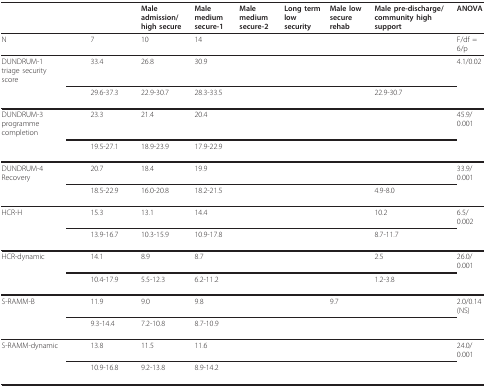
<table><thead><tr><td>[EMPTY_CELL]</td><td>[EMPTY_CELL]</td><td>[EMPTY_CELL]</td><td><b>Male admission/high secure</b></td><td><b>Male medium secure-1</b></td><td><b>Male medium secure-2</b></td><td><b>Long term low security</b></td><td><b>Male low secure rehab</b></td><td><b>Male pre-discharge/community high support</b></td><td><b>ANOVA</b></td></tr></thead><tbody><tr><td>N</td><td>[EMPTY_CELL]</td><td>7</td><td>10</td><td>14</td><td>[EMPTY_CELL]</td><td>[EMPTY_CELL]</td><td>[EMPTY_CELL]</td><td>[EMPTY_CELL]</td><td>F/df = 6/p</td></tr><tr><td>DUNDRUM-1 triage security score</td><td>[EMPTY_CELL]</td><td>33.4</td><td>26.8</td><td>30.9</td><td>[EMPTY_CELL]</td><td>[EMPTY_CELL]</td><td>[EMPTY_CELL]</td><td>[EMPTY_CELL]</td><td>4.1/0.02</td></tr><tr><td>[EMPTY_CELL]</td><td>[EMPTY_CELL]</td><td>29.6-37.3</td><td>22.9-30.7</td><td>28.3-33.5</td><td>[EMPTY_CELL]</td><td>[EMPTY_CELL]</td><td>[EMPTY_CELL]</td><td>22.9-30.7</td><td>[EMPTY_CELL]</td></tr><tr><td>DUNDRUM-3 programme completion</td><td>[EMPTY_CELL]</td><td>23.3</td><td>21.4</td><td>20.4</td><td>[EMPTY_CELL]</td><td>[EMPTY_CELL]</td><td>[EMPTY_CELL]</td><td>[EMPTY_CELL]</td><td>45.9/0.001</td></tr><tr><td>[EMPTY_CELL]</td><td>[EMPTY_CELL]</td><td>19.5-27.1</td><td>18.9-23.9</td><td>17.9-22.9</td><td>[EMPTY_CELL]</td><td>[EMPTY_CELL]</td><td>[EMPTY_CELL]</td><td>[EMPTY_CELL]</td><td>[EMPTY_CELL]</td></tr><tr><td>DUNDRUM-4 Recovery</td><td>[EMPTY_CELL]</td><td>20.7</td><td>18.4</td><td>19.9</td><td>[EMPTY_CELL]</td><td>[EMPTY_CELL]</td><td>[EMPTY_CELL]</td><td>[EMPTY_CELL]</td><td>33.9/0.001</td></tr><tr><td>[EMPTY_CELL]</td><td>[EMPTY_CELL]</td><td>18.5-22.9</td><td>16.0-20.8</td><td>18.2-21.5</td><td>[EMPTY_CELL]</td><td>[EMPTY_CELL]</td><td>[EMPTY_CELL]</td><td>4.9-8.0</td><td>[EMPTY_CELL]</td></tr><tr><td>HCR-H</td><td>[EMPTY_CELL]</td><td>15.3</td><td>13.1</td><td>14.4</td><td>[EMPTY_CELL]</td><td>[EMPTY_CELL]</td><td>[EMPTY_CELL]</td><td>10.2</td><td>6.5/0.002</td></tr><tr><td>[EMPTY_CELL]</td><td>[EMPTY_CELL]</td><td>13.9-16.7</td><td>10.3-15.9</td><td>10.9-17.8</td><td>[EMPTY_CELL]</td><td>[EMPTY_CELL]</td><td>[EMPTY_CELL]</td><td>8.7-11.7</td><td>[EMPTY_CELL]</td></tr><tr><td>HCR-dynamic</td><td>[EMPTY_CELL]</td><td>14.1</td><td>8.9</td><td>8.7</td><td>[EMPTY_CELL]</td><td>[EMPTY_CELL]</td><td>[EMPTY_CELL]</td><td>2.5</td><td>26.0/0.001</td></tr><tr><td>[EMPTY_CELL]</td><td>[EMPTY_CELL]</td><td>10.4-17.9</td><td>5.5-12.3</td><td>6.2-11.2</td><td>[EMPTY_CELL]</td><td>[EMPTY_CELL]</td><td>[EMPTY_CELL]</td><td>1.2-3.8</td><td>[EMPTY_CELL]</td></tr><tr><td>S-RAMM-B</td><td>[EMPTY_CELL]</td><td>11.9</td><td>9.0</td><td>9.8</td><td>[EMPTY_CELL]</td><td>[EMPTY_CELL]</td><td>9.7</td><td>[EMPTY_CELL]</td><td>2.0/0.14(NS)</td></tr><tr><td>[EMPTY_CELL]</td><td>[EMPTY_CELL]</td><td>9.3-14.4</td><td>7.2-10.8</td><td>8.7-10.9</td><td>[EMPTY_CELL]</td><td>[EMPTY_CELL]</td><td>[EMPTY_CELL]</td><td>[EMPTY_CELL]</td><td>[EMPTY_CELL]</td></tr><tr><td>S-RAMM-dynamic</td><td>[EMPTY_CELL]</td><td>13.8</td><td>11.5</td><td>11.6</td><td>[EMPTY_CELL]</td><td>[EMPTY_CELL]</td><td>[EMPTY_CELL]</td><td>[EMPTY_CELL]</td><td>24.0/0.001</td></tr><tr><td>[EMPTY_CELL]</td><td>[EMPTY_CELL]</td><td>10.9-16.8</td><td>9.2-13.8</td><td>8.9-14.2</td><td>[EMPTY_CELL]</td><td>[EMPTY_CELL]</td><td>[EMPTY_CELL]</td><td>[EMPTY_CELL]</td><td>[EMPTY_CELL]</td></tr></tbody></table>